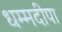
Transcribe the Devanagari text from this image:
धम्मदीपा